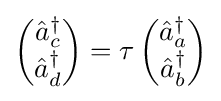
\left({\begin{matrix}{\hat {a}}_{c}^{\dagger }\\{\hat {a}}_{d}^{\dagger }\end{matrix}}\right)=\tau \left({\begin{matrix}{\hat {a}}_{a}^{\dagger }\\{\hat {a}}_{b}^{\dagger }\end{matrix}}\right)